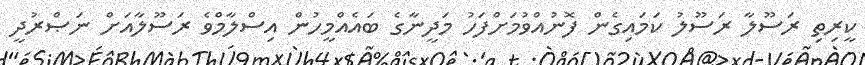
ކީރިތި ރަސޫލާ ރަސޫލު ކަމައިގެން ފޮނުއްވުމަށްފަހު މަދީނާގެ ބައެއްމީހުން އިސްލާމްވެ ރަސޫލާއަށް ނަޞްރުދީ